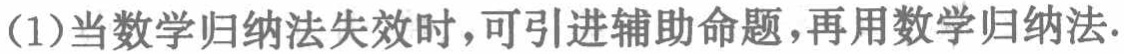
(1)当数学归纳法失效时，可引进辅助命题，再用数学归纳法.